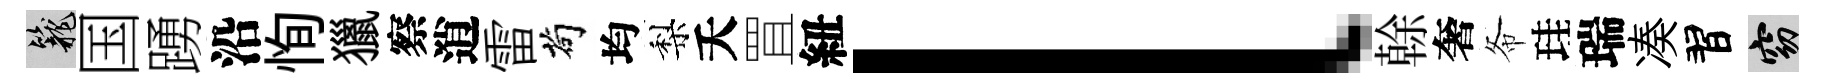
籠国踴沿恂獵察逍雷茍均梨夭罝紐l𠏉奢𢁙珪瑞凑習窈